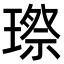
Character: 㻮